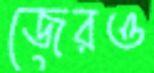
জেরও